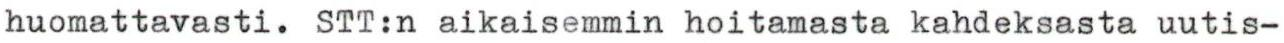
huomattavasti. STT:n aikaisemmin hoitamasta kahdeksasta uutis-